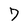
Character: 7